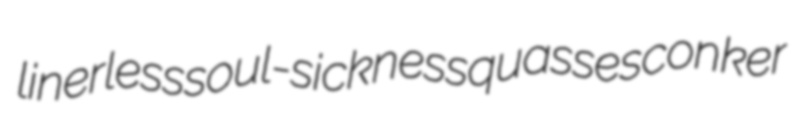
linerless soul-sickness quasses conker